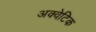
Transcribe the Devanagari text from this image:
अक्वेटिक